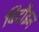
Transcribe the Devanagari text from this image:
बिदौइन